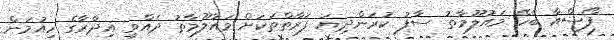
ފޯސްއާ ބެހޭ މައުލޫމާތު ސާފު ކުރަންދިޔަ ފަރާތްތަކަށް މައުލޫމާތު ދެއްވީ އިދާރާގެ ހިއުމަން